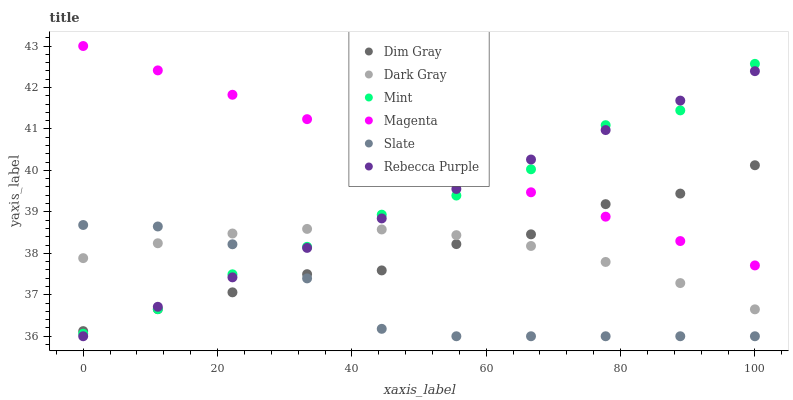
| xaxis_label | Dim Gray | Dark Gray | Mint | Magenta | Slate | Rebecca Purple |
 | --- | --- | --- | --- | --- | --- | --- |
 | 0 | 36.1 | 37.9 | 36.1 | 43 | 38.7 | 36 |
 | 11.1 | 36.7 | 38.2 | 36.7 | 42.4 | 38.6 | 36.7 |
 | 22.2 | 37.1 | 38.5 | 37.5 | 41.8 | 38.2 | 37.4 |
 | 33.3 | 37.5 | 38.6 | 38.2 | 41.2 | 37.4 | 38.1 |
 | 44.4 | 37.6 | 38.6 | 38.9 | 40.6 | 36.2 | 38.8 |
 | 55.6 | 38.2 | 38.4 | 39.4 | 40.1 | 36 | 39.6 |
 | 66.7 | 38.5 | 38.2 | 40 | 39.5 | 36 | 40.3 |
 | 77.8 | 39.2 | 37.8 | 41.1 | 38.9 | 36 | 41 |
 | 88.9 | 39.4 | 37.3 | 41.4 | 38.3 | 36 | 41.7 |
 | 100 | 40.1 | 36.6 | 42.6 | 37.7 | 36 | 42.4 |